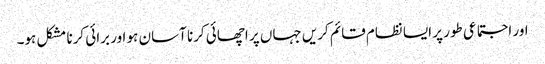
اور اجتماعی طور پر ایسا نظام قائم کریں جہاں پر اچھائی کرنا آسان ہو اور برائی کرنا مشکل ہو۔